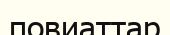
повиаттар